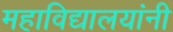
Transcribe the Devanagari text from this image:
महाविद्यालयांनी